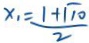
x _ { 1 } = \frac { 1 + \sqrt { 1 0 } } { 2 }